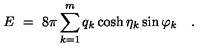
E \ = \ 8 \pi \sum _ { k = 1 } ^ { m } q _ { k } \cosh \eta _ { k } \sin \varphi _ { k } \quad .